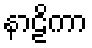
နာဠိကာ